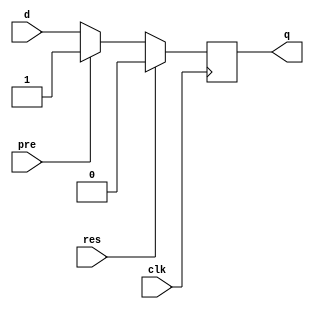
`timescale 1ns / 1ps
//////////////////////////////////////////////////////////////////////////////////
// Company: 
// Engineer: 
// 
// Design Name: 
// Module Name: dflipflop
// Project Name: 
// Target Devices: 
// Tool Versions: 
// Description: 
// 
// Dependencies: 
// 
// Revision:
// Revision 0.01 - File Created
// Additional Comments:
// 
//////////////////////////////////////////////////////////////////////////////////


module dflipflop(input d, input clk, input res, input pre, output reg q);
    always @(posedge clk)
    begin
    if(res == 1'b1)
        q <= 1'b0;
    else if( pre == 1'b1)
        q <= 1'b1;
    else 
        q <= d;
    end
endmodule